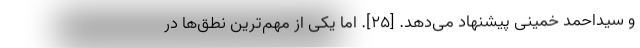
و سیداحمد خمینی پیشنهاد می‌دهد. [۲۵]. اما یکی از مهم‌ترین نطق‌ها در